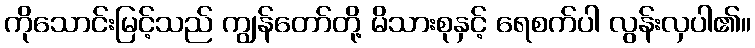
ကိုသောင်းမြင့်သည် ကျွန်တော်တို့ မိသားစုနှင့် ရေစက်ပါ လွန်းလှပါ၏။